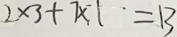
2 \times 3 + 7 \times 1 = 1 3